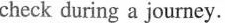
check during a journey.